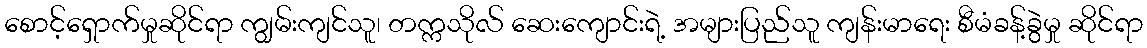
စောင့်ရှောက်မှုဆိုင်ရာ ကျွမ်းကျင်သူ၊ တက္ကသိုလ် ဆေးကျောင်းရဲ့ အများပြည်သူ ကျန်းမာရေး စီမံခန့်ခွဲမှု ဆိုင်ရာ